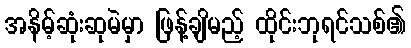
အနိမ့်ဆုံးဆုမဲမှာ ဖြန့်ချိမည့် ထိုင်းဘုရင်သစ်၏